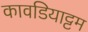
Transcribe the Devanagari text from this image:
कावडियाट्टम